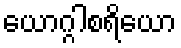
ယောဂ္ဂါစရိယော